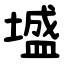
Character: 墭